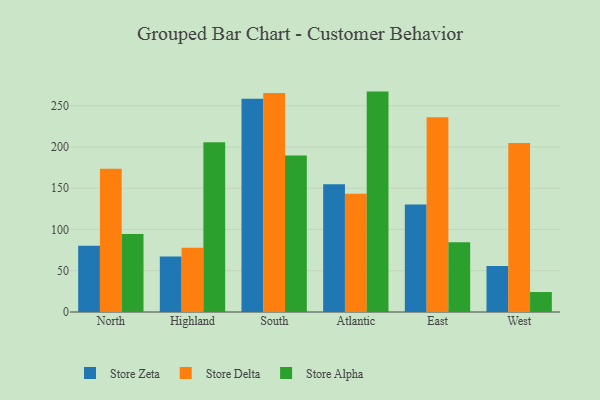
{"axis": {"x": "Region", "y": "Latency (ms)"}, "legend": ["Store Alpha", "Store Delta", "Store Zeta"], "data": [{"x": "North", "y": 80.2, "type": "Store Zeta"}, {"x": "North", "y": 173.7, "type": "Store Delta"}, {"x": "North", "y": 94.4, "type": "Store Alpha"}, {"x": "Highland", "y": 67.4, "type": "Store Zeta"}, {"x": "Highland", "y": 77.8, "type": "Store Delta"}, {"x": "Highland", "y": 205.6, "type": "Store Alpha"}, {"x": "South", "y": 258.3, "type": "Store Zeta"}, {"x": "South", "y": 265.5, "type": "Store Delta"}, {"x": "South", "y": 189.6, "type": "Store Alpha"}, {"x": "Atlantic", "y": 154.8, "type": "Store Zeta"}, {"x": "Atlantic", "y": 143.3, "type": "Store Delta"}, {"x": "Atlantic", "y": 267.1, "type": "Store Alpha"}, {"x": "East", "y": 130.3, "type": "Store Zeta"}, {"x": "East", "y": 236.1, "type": "Store Delta"}, {"x": "East", "y": 84.5, "type": "Store Alpha"}, {"x": "West", "y": 55.8, "type": "Store Zeta"}, {"x": "West", "y": 204.8, "type": "Store Delta"}, {"x": "West", "y": 24.2, "type": "Store Alpha"}]}